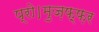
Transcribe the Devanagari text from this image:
प्रो।मुज़फ़्फ़र